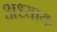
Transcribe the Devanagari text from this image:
अध्यायः